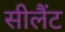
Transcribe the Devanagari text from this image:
सीलैंट